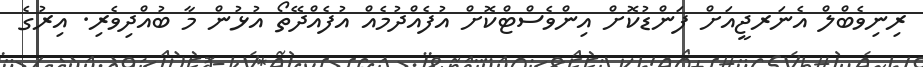
ރިނިވެބްލް އެނަރޖީއަށް ފަންޑުކޮށް އިންވެސްޓްކޮށް އުފެއްދުމެއް އުފެއްދޭތޯ އުޅުން މާ ބުއްދިވެރި. އިރުގެ